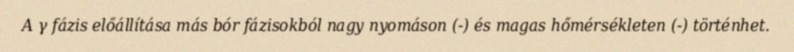
A γ fázis előállítása más bór fázisokból nagy nyomáson (-) és magas hőmérsékleten (-) történhet.